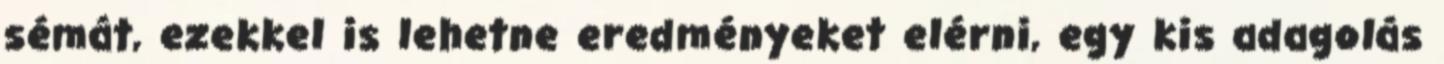
sémát, ezekkel is lehetne eredményeket elérni, egy kis adagolás